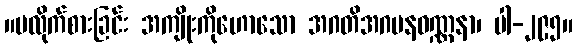
။မလိုက်စားခြင်း အကျိုးကိုဟောသော အဂတိအဂမနဝဏ္ဏနာ၊ ပါ-၂၉၅။